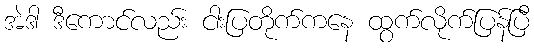
အဲဒါ ဒီကောင်လည်း ငါးပြတိုက်ကနေ ထွက်လိုက်ပြန်ပြီ